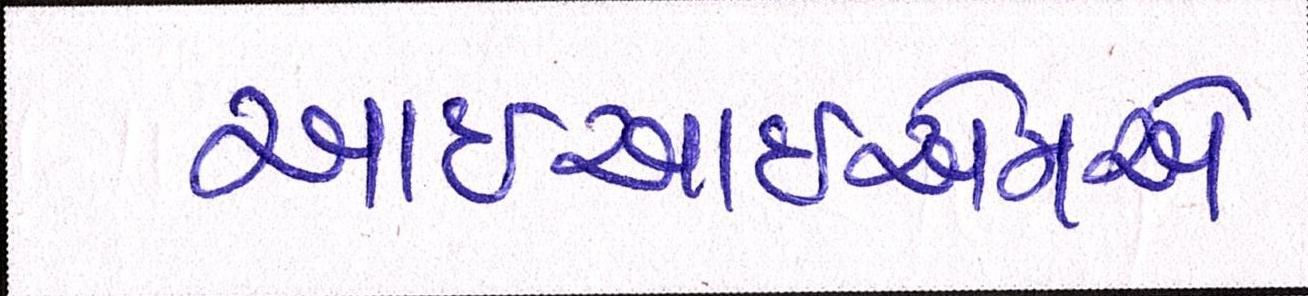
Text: આઇઆઇએમ-એ